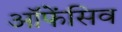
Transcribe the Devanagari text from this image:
ऑफेंसिव